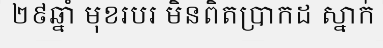
២៩ឆ្នាំ មុខរបរ មិនពិតប្រាកដ ស្នាក់